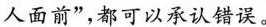
人面前”，都可以承认错误。